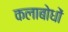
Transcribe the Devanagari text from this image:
कलाबोधों